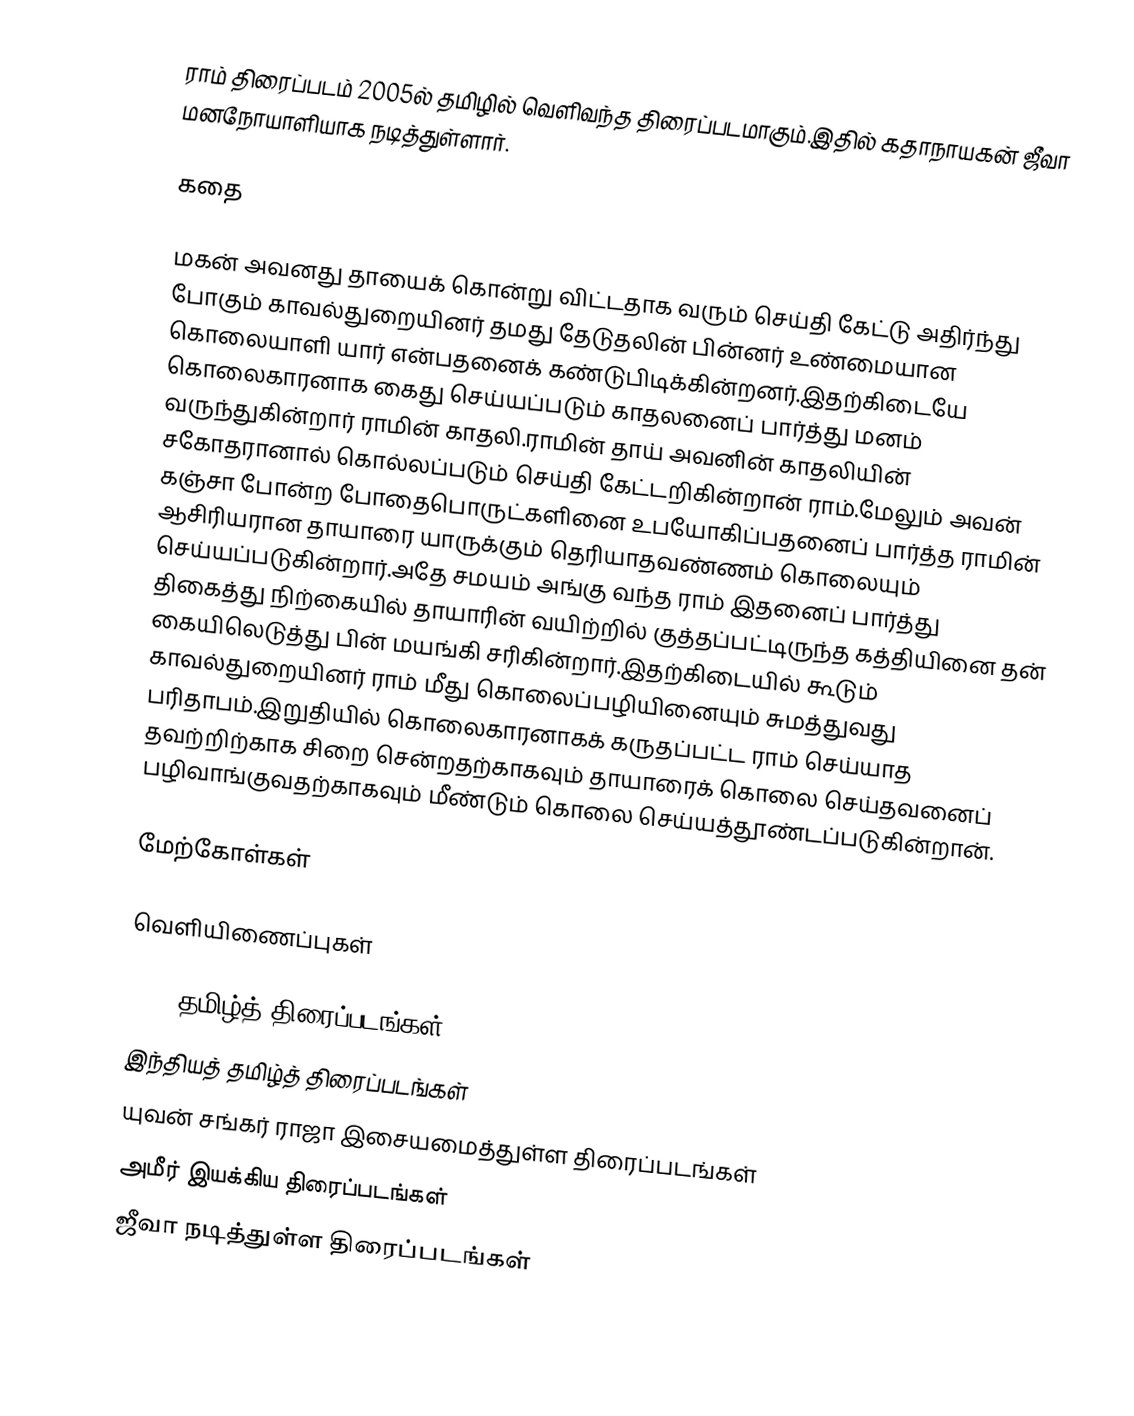
ராம் திரைப்படம் 2005ல் தமிழில் வெளிவந்த திரைப்படமாகும்.இதில் கதாநாயகன் ஜீவா மனநோயாளியாக நடித்துள்ளார்.

கதை

மகன் அவனது தாயைக் கொன்று விட்டதாக வரும் செய்தி கேட்டு அதிர்ந்து போகும் காவல்துறையினர் தமது தேடுதலின் பின்னர் உண்மையான கொலையாளி யார் என்பதனைக் கண்டுபிடிக்கின்றனர்.இதற்கிடையே கொலைகாரனாக கைது செய்யப்படும் காதலனைப் பார்த்து மனம் வருந்துகின்றார் ராமின் காதலி.ராமின் தாய் அவனின் காதலியின் சகோதரானால் கொல்லப்படும் செய்தி கேட்டறிகின்றான் ராம்.மேலும் அவன் கஞ்சா போன்ற போதைபொருட்களினை உபயோகிப்பதனைப் பார்த்த ராமின் ஆசிரியரான தாயாரை யாருக்கும் தெரியாதவண்ணம் கொலையும் செய்யப்படுகின்றார்.அதே சமயம் அங்கு வந்த ராம் இதனைப் பார்த்து திகைத்து நிற்கையில் தாயாரின் வயிற்றில் குத்தப்பட்டிருந்த கத்தியினை தன் கையிலெடுத்து பின் மயங்கி சரிகின்றார்.இதற்கிடையில் கூடும் காவல்துறையினர் ராம் மீது கொலைப்பழியினையும் சுமத்துவது பரிதாபம்.இறுதியில் கொலைகாரனாகக் கருதப்பட்ட ராம் செய்யாத தவற்றிற்காக சிறை சென்றதற்காகவும் தாயாரைக் கொலை செய்தவனைப் பழிவாங்குவதற்காகவும் மீண்டும் கொலை செய்யத்தூண்டப்படுகின்றான்.

மேற்கோள்கள்

வெளியிணைப்புகள்

2005 தமிழ்த் திரைப்படங்கள்
இந்தியத் தமிழ்த் திரைப்படங்கள்
யுவன் சங்கர் ராஜா இசையமைத்துள்ள திரைப்படங்கள்
அமீர் இயக்கிய திரைப்படங்கள்
ஜீவா நடித்துள்ள திரைப்படங்கள்